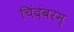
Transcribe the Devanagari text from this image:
चिंदंबरम्